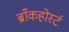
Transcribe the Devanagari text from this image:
ब्राँकहोर्स्ट